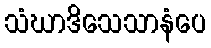
သံဃာဒိသေသာနံပေ